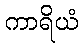
ကာရိယံ